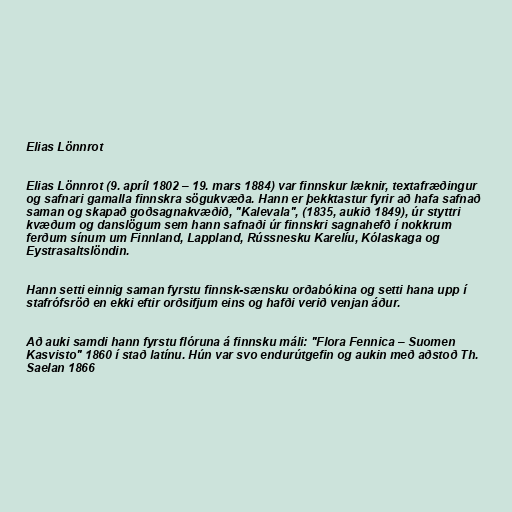
Elias Lönnrot

Elias Lönnrot (9. apríl 1802 – 19. mars 1884) var finnskur læknir, textafræðingur
og safnari gamalla finnskra sögukvæða. Hann er þekktastur fyrir að hafa safnað
saman og skapað goðsagnakvæðið, "Kalevala", (1835, aukið 1849), úr styttri
kvæðum og danslögum sem hann safnaði úr finnskri sagnahefð í nokkrum
ferðum sínum um Finnland, Lappland, Rússnesku Karelíu, Kólaskaga og
Eystrasaltslöndin.

Hann setti einnig saman fyrstu finnsk-sænsku orðabókina og setti hana upp í
stafrófsröð en ekki eftir orðsifjum eins og hafði verið venjan áður.

Að auki samdi hann fyrstu flóruna á finnsku máli: "Flora Fennica – Suomen
Kasvisto" 1860 í stað latínu. Hún var svo endurútgefin og aukin með aðstoð Th.
Saelan 1866